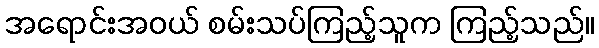
အရောင်းအဝယ် စမ်းသပ်ကြည့်သူက ကြည့်သည်။